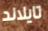
تايلاند